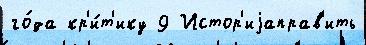
го́да кр'и́т'ику 9 Истор'иjаправ'ить